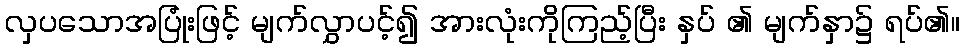
လှပသောအပြုံးဖြင့် မျက်လွှာပင့်၍ အားလုံးကိုကြည့်ပြီး နှပ် ၏ မျက်နှာ၌ ရပ်၏။